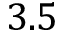
3 . 5